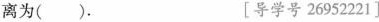
离为()。 [导学号26952221]